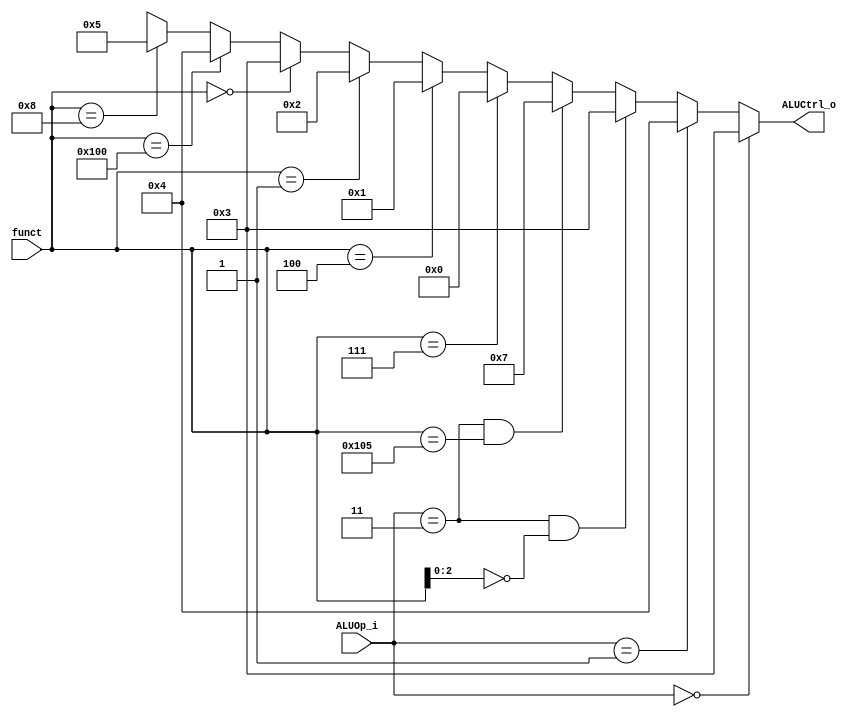
`define AND   4'b0000
`define XOR   4'b0001
`define SLL   4'b0010
`define ADD   4'b0011
`define SUB   4'b0100
`define MUL   4'b0101
`define ADDI  4'b0011
`define SRAI  4'b0111

`define func_AND  {7'b0000000, 3'b111}
`define func_XOR  {7'b0000000, 3'b100}
`define func_SLL  {7'b0000000, 3'b001}
`define func_ADD  {7'b0000000, 3'b000}
`define func_SUB  {7'b0100000, 3'b000}
`define func_MUL  {7'b0000001, 3'b000}
`define func_SRAI {7'b0100000, 3'b101}

module ALU_Control
(
    funct,
    ALUOp_i,
    ALUCtrl_o
);

// Ports
input  [9:0] funct;
input  [1:0] ALUOp_i;
output [3:0] ALUCtrl_o;

// If ALUop == 00, use add
//    ALUop == 01, use sub
assign ALUCtrl_o = (ALUOp_i == 2'b00) ? `ADD :
                   (ALUOp_i == 2'b01) ? `SUB :
                   (ALUOp_i == 2'b11) && (funct[2:0] == 3'b000) ? `ADDI :
                   (ALUOp_i == 2'b11) && (funct == `func_SRAI) ? `SRAI :      
                   (funct == `func_AND)  ? `AND  : 
                   (funct == `func_XOR)  ? `XOR  : 
                   (funct == `func_SLL)  ? `SLL  : 
                   (funct == `func_ADD)  ? `ADD  : 
                   (funct == `func_SUB)  ? `SUB  :
                   (funct == `func_MUL)  ? `MUL  : 
                   4'bx; 

endmodule